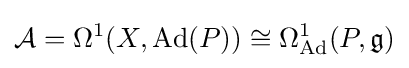
{\mathcal {A}}=\Omega ^{1}(X,\operatorname {Ad} (P))\cong \Omega _{\operatorname {Ad} }^{1}(P,{\mathfrak {g}})